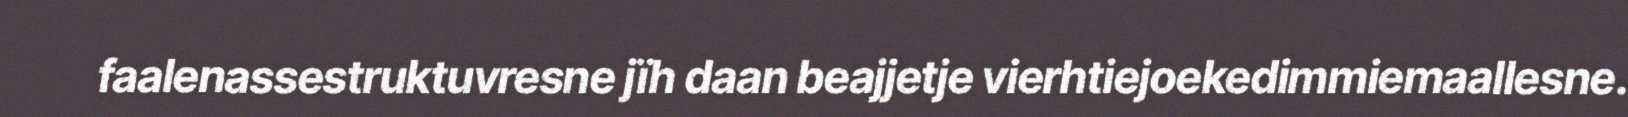
faalenassestruktuvresne jïh daan beajjetje vierhtiejoekedimmiemaallesne.